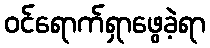
ဝင်ရောက်ရှာဖွေခဲ့ရာ